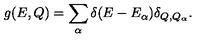
g ( E , Q ) = \sum _ { \alpha } \delta ( E - E _ { \alpha } ) \delta _ { Q , Q _ { \alpha } } .